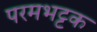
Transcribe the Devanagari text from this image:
परमभट्टक